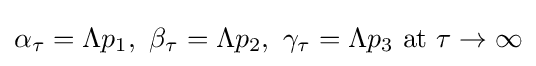
\alpha _{\tau }=\Lambda p_{1},\ \beta _{\tau }=\Lambda p_{2},\ \gamma _{\tau }=\Lambda p_{3}\ \mathrm {at} \ \tau \to \infty